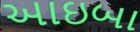
આઇબા